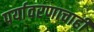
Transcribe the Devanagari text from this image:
पर्यावरणाचाही